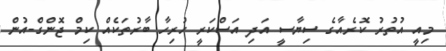
މިއީ އުތުރު ކޮރެއާގެ ސިޔާސީ އަދި އަސްކަރީ ހުރިހާ ބާރުތަކެއް ކިމް ޖޮންގް-އުން